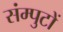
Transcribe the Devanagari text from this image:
संम्पुटों